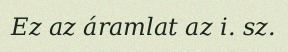
Ez az áramlat az i. sz.